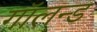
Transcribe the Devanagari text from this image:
गॉलन्ड